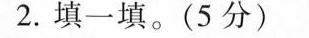
2.填一填。(5分)